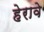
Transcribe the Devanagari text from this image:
हेरावे